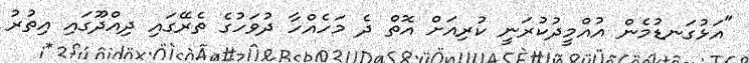
"އަޅުގަނޑުމެން އުއްމީދުކުރަނީ ކުރިއަށް އޮތް ދެ މަހެއްހާ ދުވަހުގެ ތެރޭގައި ދިއްދޫގައި އިތުރު